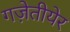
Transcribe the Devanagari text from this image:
गज़ेतीयेर